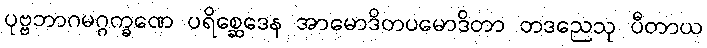
ပုဗ္ဗဘာဂမဂ္ဂက္ခဏေ ပရိစ္ဆေဒေန အာမောဒိတပမောဒိတာ တဒညေသု ပီတာယ